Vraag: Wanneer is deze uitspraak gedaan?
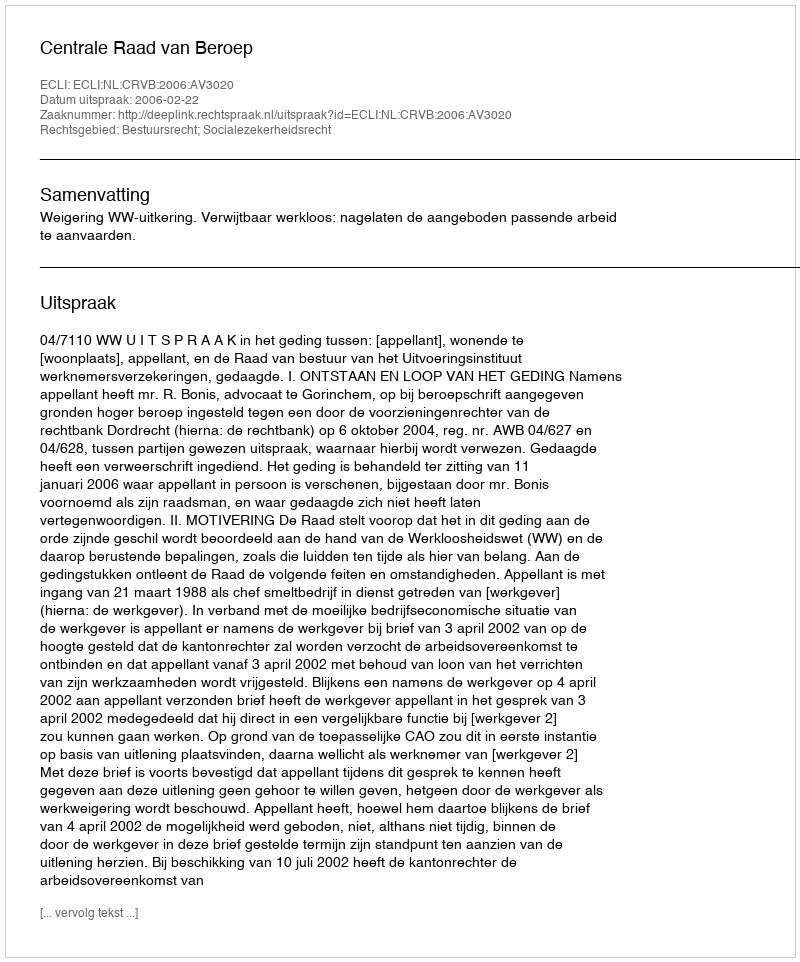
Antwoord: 2006-02-22